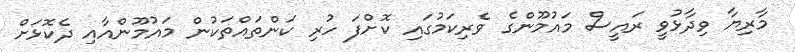
މާރިޔާ ވިދާޅުވީ ރައީސް މައުމޫންގެ ވެރިކަމުގައި ކޮށްފަ ހުރި ކަންތައްތަކުން މައުމޫންއާއި ދެކޮޅަށް